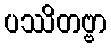
ပဿိတဗ္ဗာ